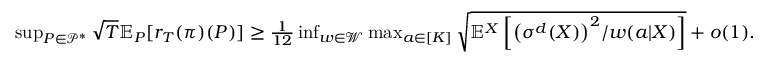
\begin{array} { r l } & { \operatorname* { s u p } _ { P \in \mathcal { P } ^ { * } } \sqrt { T } \mathbb { E } _ { P } [ r _ { T } ( \pi ) ( P ) ] \geq \frac { 1 } { 1 2 } \operatorname* { i n f } _ { w \in \mathcal { W } } \operatorname* { m a x } _ { a \in [ K ] } \sqrt { \mathbb { E } ^ { X } \left[ { \left( \sigma ^ { d } ( X ) \right) ^ { 2 } } / { w ( a | X ) } \right] } + o ( 1 ) . } \end{array}